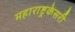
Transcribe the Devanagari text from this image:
महाराष्ट्रकेसरी